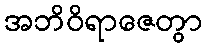
အဘိဝိရာဇေတွာ